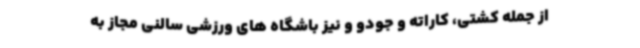
از جمله کشتی، کاراته و جودو و نیز باشگاه های ورزشی سالنی مجاز به